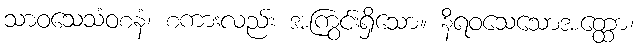
သာဝသေသံဝစနံ၊ စကားလည်း အကြွင်းရှိသော။ နိရဝသေသောအတ္ထော၊